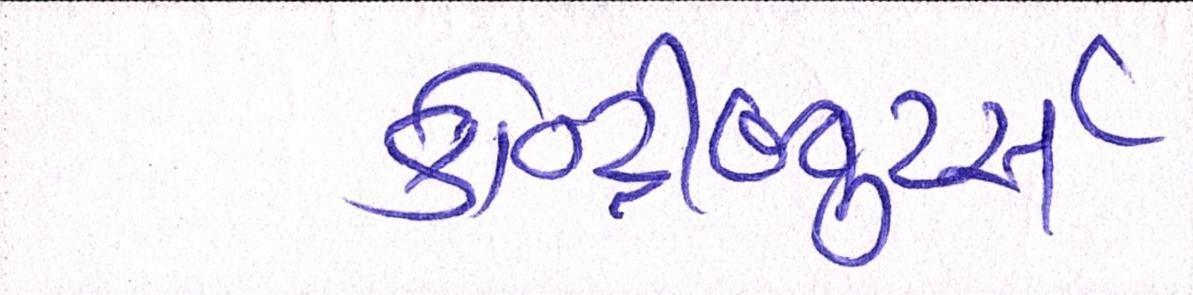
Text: કોન્ટ્રીબ્યૂટર્સઃ